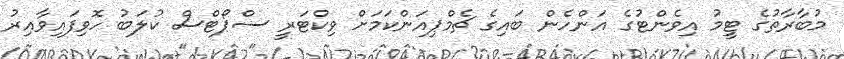
މުބާރާތުގެ ޓީމު އިވެންޓުގެ އަންހެން ބައިގެ ޗެމްޕިއަންކަމަށް ވިކްޓަރީ ސްޕޯޓްސް ކުލަބު ހޮވިފައިވާއިރު